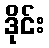
ဒိုင်း